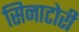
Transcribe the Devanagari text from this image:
सिनाटोरी